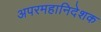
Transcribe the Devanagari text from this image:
अपरमहानिदेशक